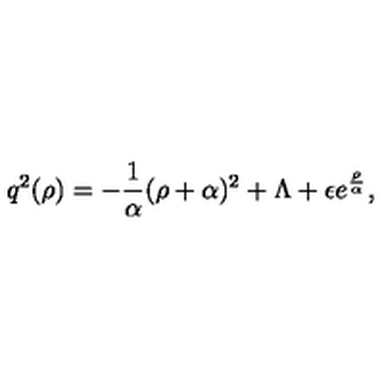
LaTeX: q ^ { 2 } ( \rho ) = - { \frac { 1 } { \alpha } } ( \rho + \alpha ) ^ { 2 } + \Lambda + \epsilon e ^ { \frac { \rho } { \alpha } } ,